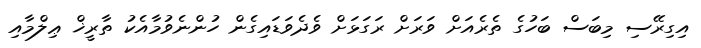
އިގިރޭސި މިބަސް ބަހުގެ ތެރެއަށް ވަރަށް ރަގަޅަށް ވެދެވަޑައިގެން ހުންނެވުމާއެކު ތާރީޚް ޢިލްމާއި